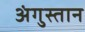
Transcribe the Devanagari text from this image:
अंगुस्तान